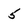
Character: 5